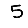
Digit: 5